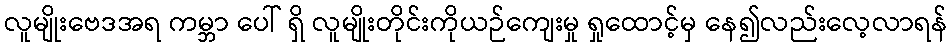
လူမျိုးဗေဒအရ ကမ္ဘာ ပေါ် ရှိ လူမျိုးတိုင်းကိုယဉ်ကျေးမှု ရှုထောင့်မှ နေ၍လည်းလေ့လာရန်